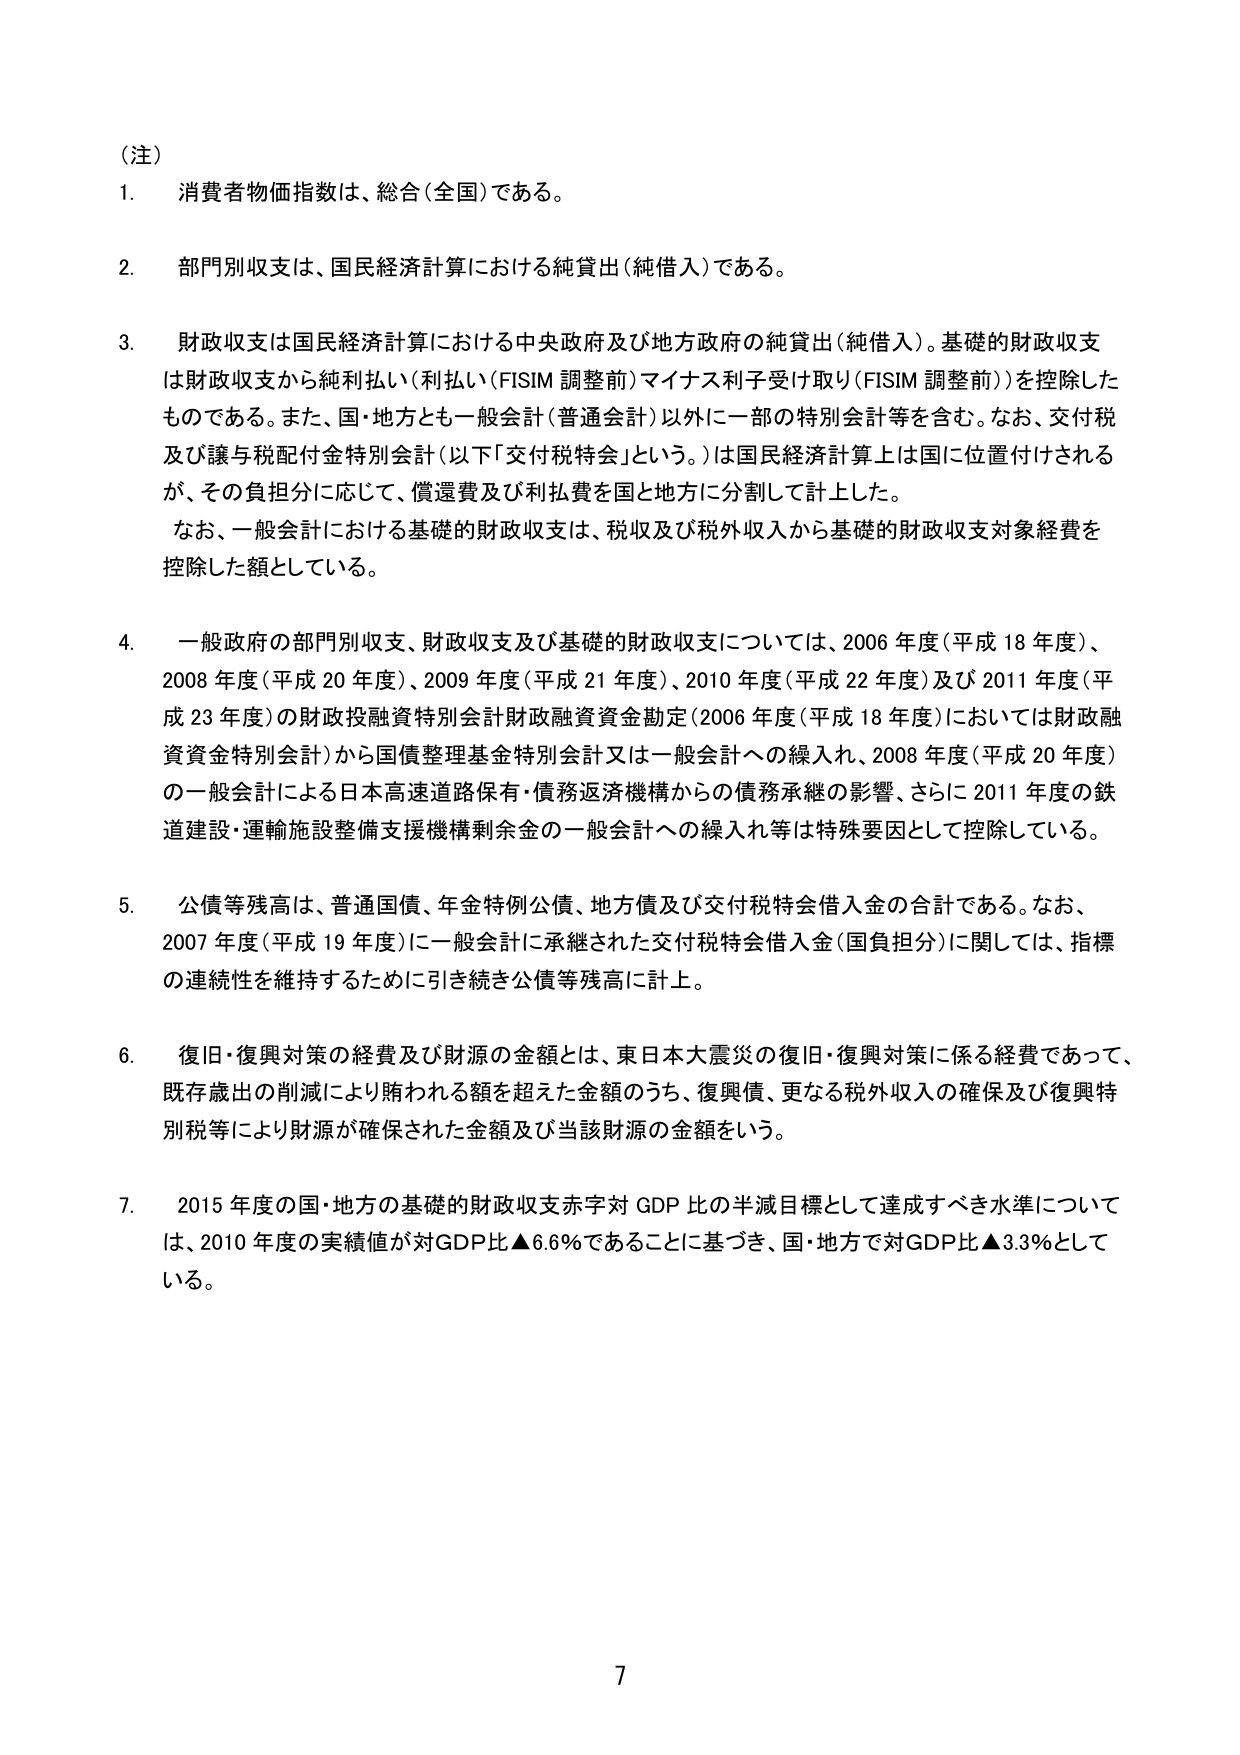
（注）
1. 消費者物価指数は、総合（全国）である。
2. 部門別収支は、国民経済計算における純貸出（純借入）である。
3. 財政収支は国民経済計算における中央政府及び地方政府の純貸出（純借入）。基礎的財政収支は財政収支から純利払い（利払い（FISIM 調整前）マイナス利子受け取り（FISIM 調整前））を控除したものである。また、国・地方とも一般会計（普通会計）以外に一部の特別会計等を含む。なお、交付税及び譲与税配付金特別会計（以下「交付税特会」という。）は国民経済計算上は国に位置付けられるが、その負担分に応じて、償還費及び利払費を国と地方に分割して計上した。
　なお、一般会計における基礎的財政収支は、税収及び税外収入から基礎的財政収支対象経費を控除した額としている。
4. 一般政府の部門別収支、財政収支及び基礎的財政収支については、2006 年度（平成 18 年度）、2008 年度（平成 20 年度）、2009 年度（平成 21 年度）、2010 年度（平成 22 年度）及び 2011 年度（平成 23 年度）の財政投融資特別会計財政融資資金勘定（2006 年度（平成 18 年度）においては財政融資資金特別会計）から国債整理基金特別会計又は一般会計への繰入れ、2008 年度（平成 20 年度）の一般会計による日本高速道路保有・債務返済機構からの債務承継の影響、さらに 2011 年度の鉄道建設・運輸施設整備支援機構剰余金の一般会計への繰入れ等は特殊要因として控除している。
5. 公債等残高は、普通国債、年金特例公債、地方債及び交付税特会借入金の合計である。なお、2007 年度（平成 19 年度）に一般会計に承継された交付税特会借入金（国負担分）に関しては、指標の連続性を維持するために引き続き公債等残高に計上。
6. 復旧・復興対策の経費及び財源の金額とは、東日本大震災の復旧・復興対策に係る経費であって、既存歳出の削減により賄われる額を超えた金額のうち、復興債、更なる税外収入の確保及び復興特別税等により財源が確保された金額及び当該財源の金額をいう。
7. 2015 年度の国・地方の基礎的財政収支赤字対 GDP 比の半減目標として達成すべき水準については、2010 年度の実績値が対GDP比▲6.6％であることに基づき、国・地方で対GDP比▲3.3％としている。
7